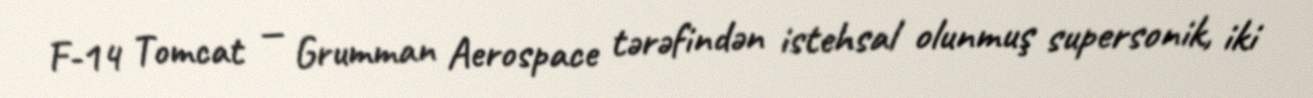
F-14 Tomcat — Grumman Aerospace tərəfindən istehsal olunmuş supersonik, iki